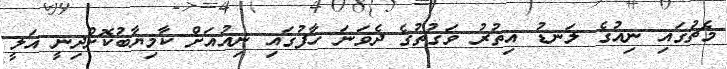
މެޗުގައި ނިއުގެ ލަނޑު އިތުރު ވަގުތުގެ ދެވަނަ ހާފުގައި ނިއުއަށް ކާމިޔާބުކޮށްދިނީ އަލީ